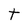
Character: t